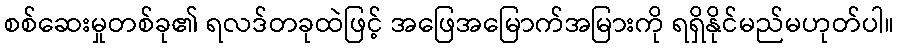
စစ်ဆေးမှုတစ်ခု၏ ရလဒ်တခုထဲဖြင့် အဖြေအမြောက်အမြားကို ရရှိနိုင်မည်မဟုတ်ပါ။